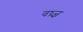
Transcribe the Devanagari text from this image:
वष्र्ज्ञ